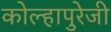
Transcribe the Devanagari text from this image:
कोल्हापुरेजी